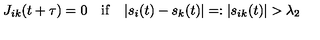
J _ { i k } ( t + \tau ) = 0 \quad \mathrm { i f } \quad | s _ { i } ( t ) - s _ { k } ( t ) | = : | s _ { i k } ( t ) | > \lambda _ { 2 }